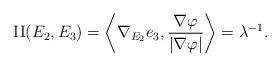
LaTeX: \begin{align*}\mathrm{II}(E_{2},E_{3})&=\left \langle \nabla _{E_2}e_{3},\frac{\nabla\varphi }{|\nabla \varphi |}\right \rangle =\lambda^{-1}.\end{align*}